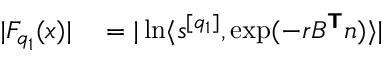
\begin{array} { r l } { | F _ { q _ { 1 } } ( \boldsymbol { x } ) | } & { { } = | \ln \langle \boldsymbol { s } ^ { [ q _ { 1 } ] } , \exp ( - r B ^ { \boldsymbol { \mathsf { T } } } \boldsymbol { n } ) \rangle | } \end{array}